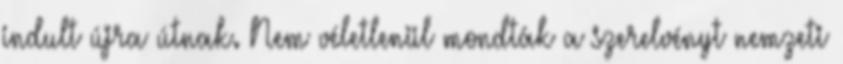
indult újra útnak. Nem véletlenül mondták a szerelvényt nemzeti